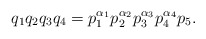
\begin{align*}q_1q_2q_3q_4 = p_1^{\alpha_1}p_2^{\alpha_2}p_3^{\alpha_3}p_4^{\alpha_4}p_5.\end{align*}